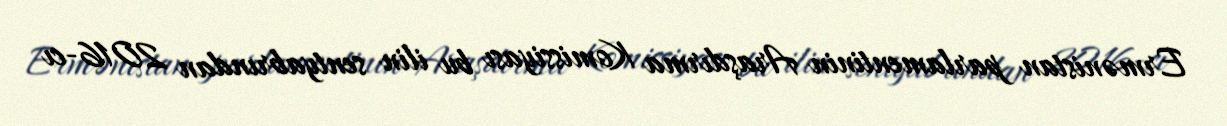
Ermənistan parlamentinin Araşdırma Komissiyası bu ilin sentyabrından 2016-cı